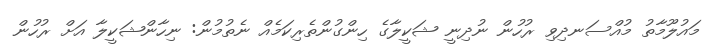
މައުލޫމާތު މުއްސަނދިވި ރުހުން ނުދިނީ ޝަކީލާގެ ހިންގުންތެރިކަމެއް ނެތުމުން: ނިހާންޝަކީލާ އަށް ރުހުން